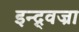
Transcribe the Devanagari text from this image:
इन्द्र्वज्रा